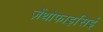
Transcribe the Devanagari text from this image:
ज़ैंथोफाइसिई